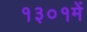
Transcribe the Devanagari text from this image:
१३०१में